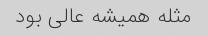
مثله همیشه عالی بود